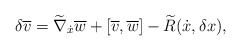
\begin{gather*} \delta \overline{ v } = \widetilde{ \nabla } _{\dot{x}} \overline{ w } + [ \overline{ v }, \overline{ w } ] - \widetilde{ R } ( \dot{x}, \delta x ) , \end{gather*}